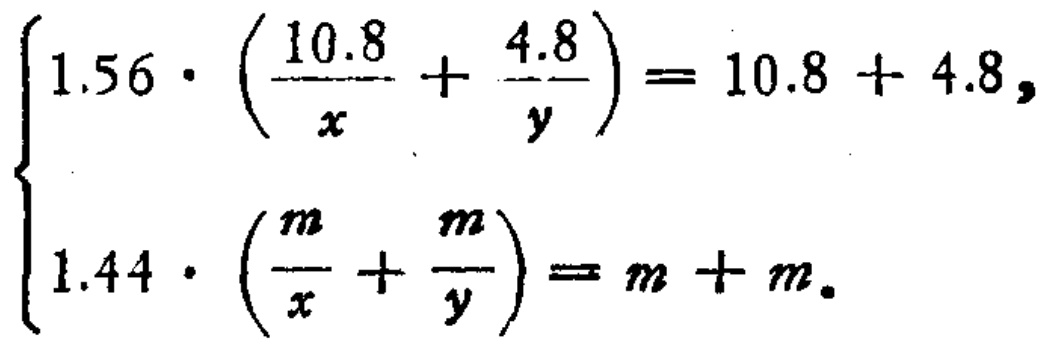
$\left\{\begin{array}{l}1.56\cdot \left(\dfrac{10.8}{x}+\dfrac{4.8}{y}\right)=10.8 + 4.8,\\1.44\cdot \left(\dfrac{m}{x}+\dfrac{m}{y}\right)=m + m.\end{array}\right.$